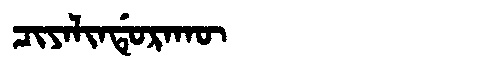
Manchu: ᠴᡳᠶᠠᠯᡳᠨᡩᡠᡵᠠᡴᡡ
Romanization: CIYALINDURAKŪ